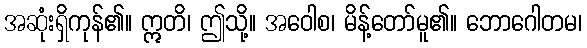
အဆုံးရှိကုန်၏။ ဣတိ၊ ဤသို့။ အဝေါစ၊ မိန့်တော်မူ၏။ ဘောဂေါတမ၊